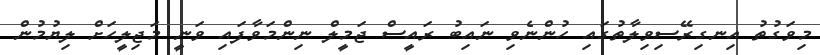
މިވަގުތު އިނގިރޭސިވިލާތުގައި ހުންނެވި ނައިބު ރައީސް ޖަމީލް ނިންމަވާފައި ވަނީ މަޖިިލީހަށް ލިޔުމުން